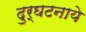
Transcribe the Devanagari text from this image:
दुर्घटनाये